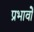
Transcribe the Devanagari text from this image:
प्रभावोें